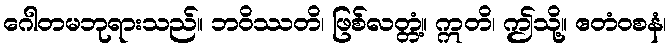
ဂေါတမဘုရားသည်။ ဘဝိဿတိ၊ ဖြစ်လတ္တံ့။ ဣတိ၊ ဤသို့။ ဧတံဝစနံ၊